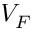
V _ { F }